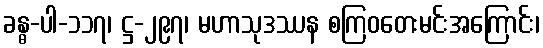
ခန္ဓ-ပါ-၁၁၇၊ ဋ္ဌ-၂၉၇၊ မဟာသုဒဿန စကြဝတေးမင်းအကြောင်း၊